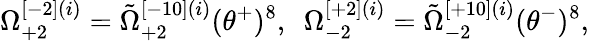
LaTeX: \Omega_{+2}^{[-2](i)}=\tilde{\Omega}_{+2}^{[-10](i)}(\theta^{+})^{8},\ \ \Omega_{-2}^{[+2](i)}=\tilde{\Omega}_{-2}^{[+10](i)}(\theta^{-})^{8},